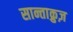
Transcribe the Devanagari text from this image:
सान्ताक्रुज़